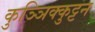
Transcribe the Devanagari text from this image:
कुञ्ञिक्कुट्टन